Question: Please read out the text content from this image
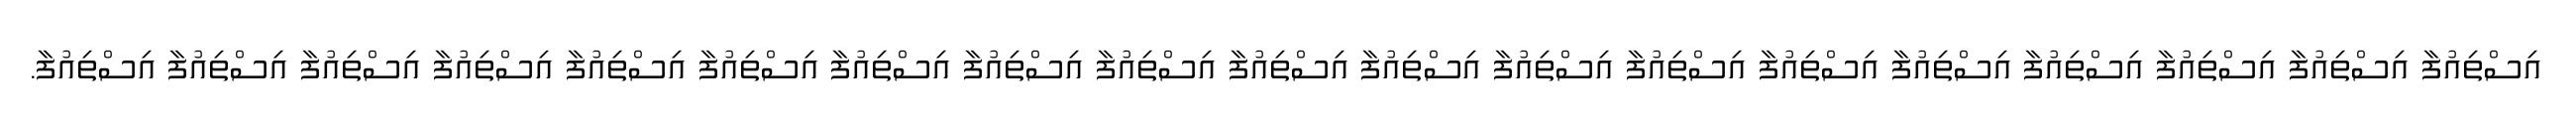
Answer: އިސްތިއުފާ އިސްތިއުފާ އިސްތިއުފާ އިސްތިއުފާ އިސްތިއުފާ އިސްތިއުފާ އިސްތިއުފާ އިސްތިއުފާ އިސްތިއުފާ އިސްތިއުފާ އިސްތިއުފާ އިސްތިއުފާ އިސްތިއުފާ އިސްތިއުފާ އިސްތިއުފާ އިސްތިއުފާ އިސްތިއުފާ އިސްތިއުފާ އިސްތިއުފާ.